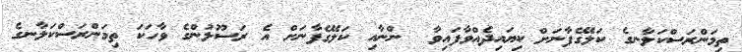
ތިމަންރަސްކަލާނގެ ކަލޭގެފާނަށް ކިޔައިދެއްވާފައިވާ  ންނާއި ކަލޭގެފާނަށް އެ ރަސޫލުންގެ ވާހަކަ ތިމަންރަސްކަލާނގެ